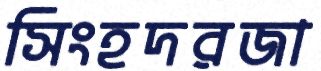
সিংহদরজা